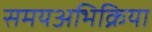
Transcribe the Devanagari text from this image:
समयअभिक्रिया